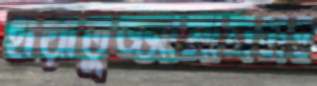
হায়াতুজ্জামানসহ